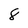
Character: 8